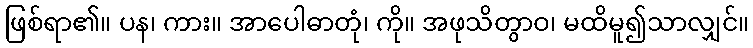
ဖြစ်ရာ၏။ ပန၊ ကား။ အာပေါဓာတုံ၊ ကို။ အဖုသိတွာဝ၊ မထိမူ၍သာလျှင်။